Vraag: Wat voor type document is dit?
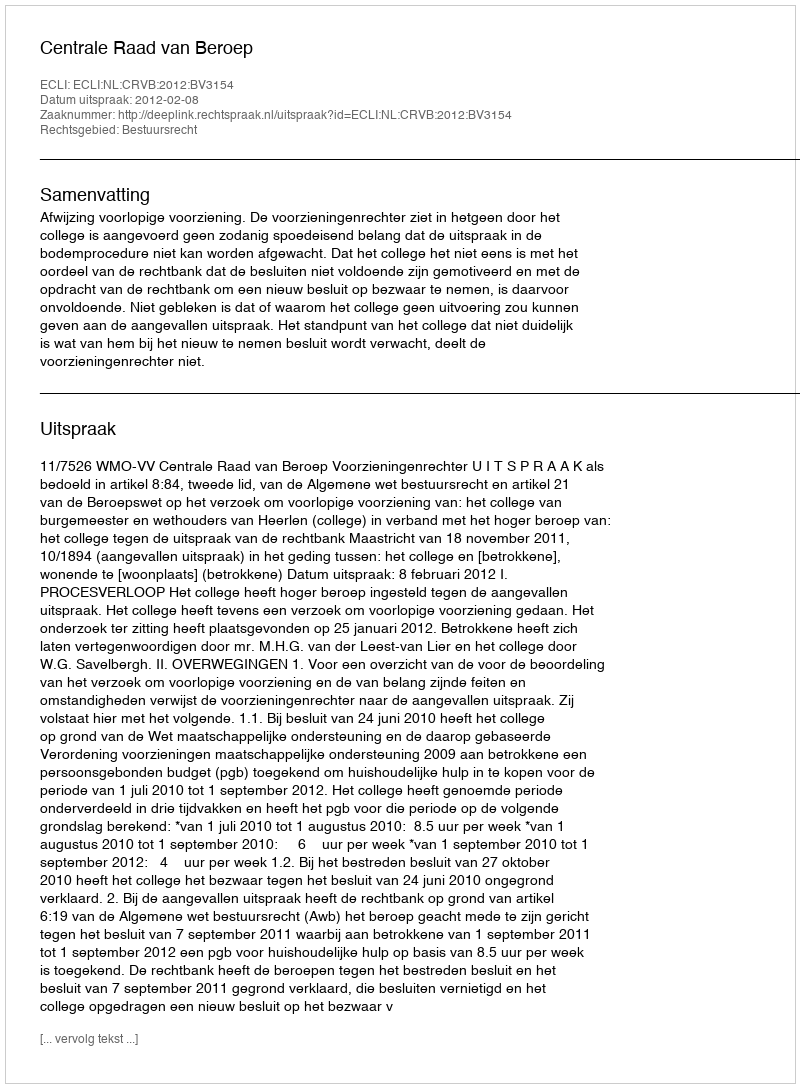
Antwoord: Uitspraak